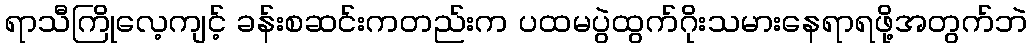
ရာသီကြိုလေ့ကျင့် ခန်းစဆင်းကတည်းက ပထမပွဲထွက်ဂိုးသမားနေရာရဖို့အတွက်ဘဲ